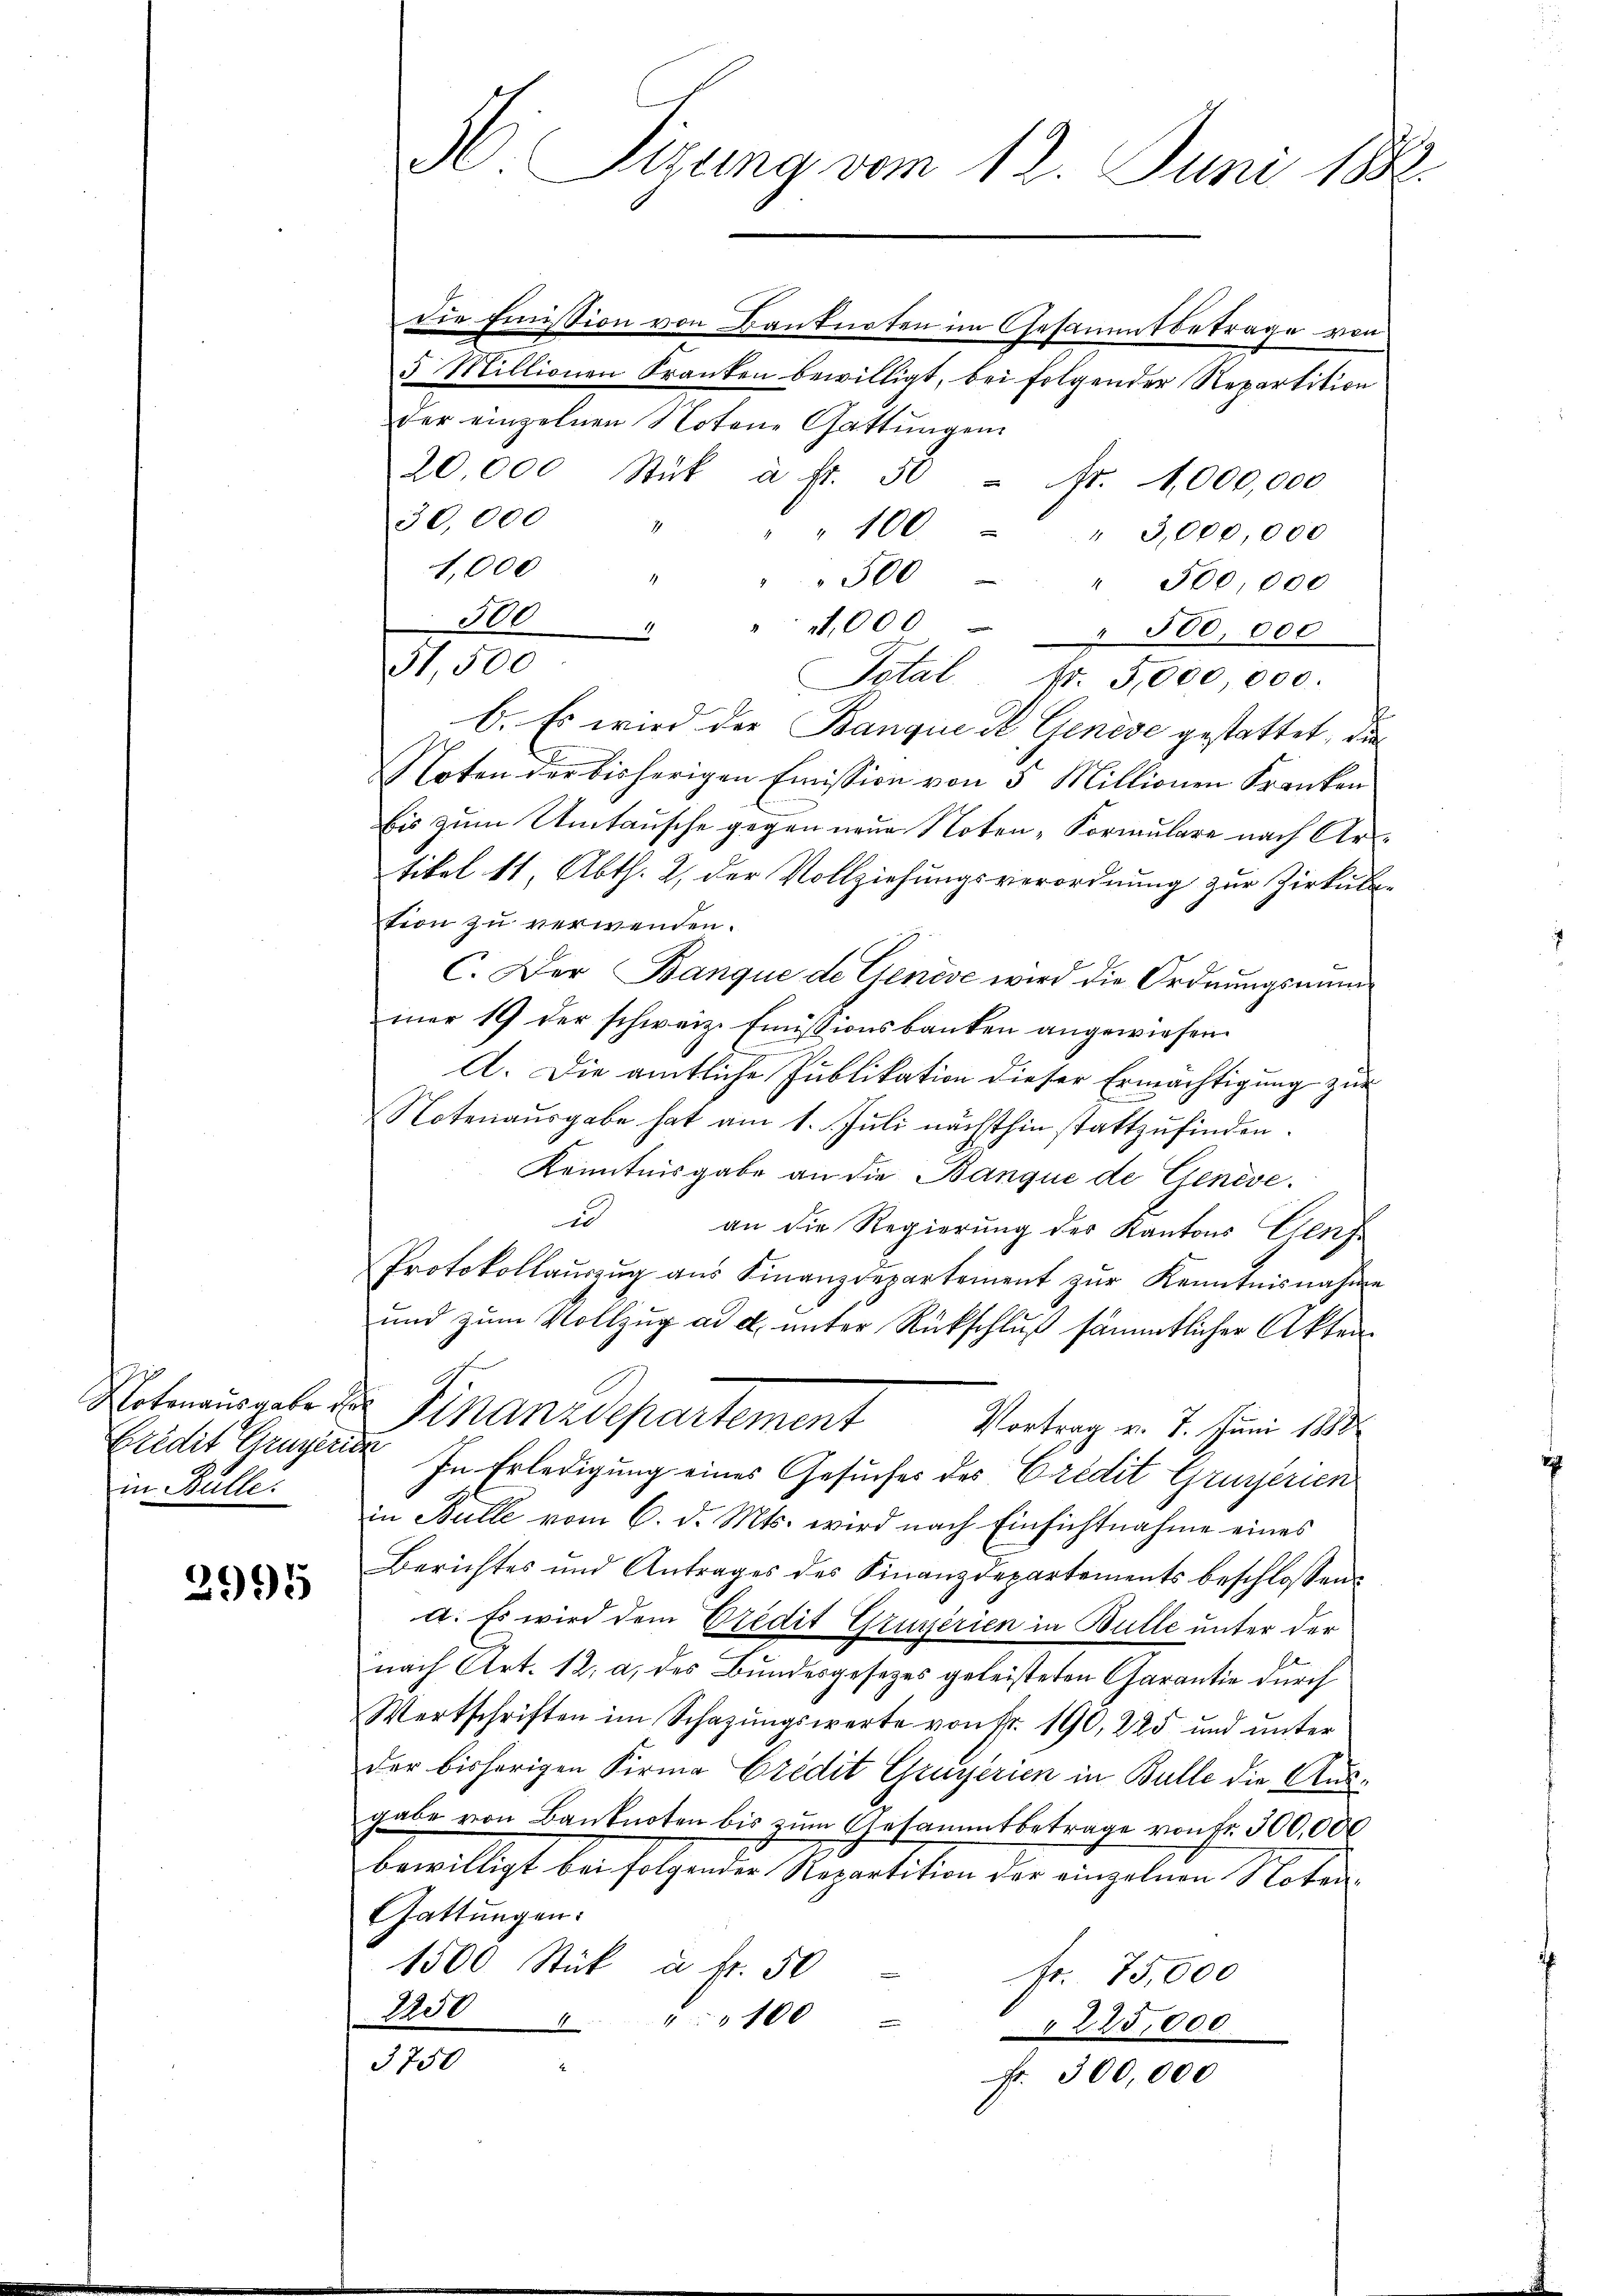
Eredit Grugeric
in Bülle.

3995

die Emission von Banknoten im Gesamtbetrage von
5 Millionen Franken bewilligt, bei folgender Repartition
der einzelnen Notene Gattungen
20,000 Stük à Fr. 50 Fr. 1,000,000
30,000 "
" " 100 " 3,000,000
1,000 " " " 300 - " 500,000
500 " " 1000 - " 500,000
31,500
Total Fr. 5,000,000.
f
b. Es wird der Banque de Genève gestattet, die
Noten der bisherigen Emission von 5 Millionen Kranken
bis zum Umtausche gegen neue Noten-Formulare nach Ar
tikel 11, Abth. 2. der Vollziehungsverordnung zur Zirkultion zu verwenden.
C. Der Banque de Genève wird die Ordnungsnummer 19 der schweiz. Emissionsbanken angewiesen.
A. Die amtliche Publikation dieser Ermächtigung zur
Notenausgabe hat am 1. Juli nächsthin stattzufinden.
Kenntnisgabe an die Banque de Genève,
1
an die Regierung des Kantons Genf
Protokollauszug aus Finanzdepartement zur Kenntnisnahme
und zum Vollzug ad a. unter Rückschluß sämmtlicher Akten
Notenausgabe der Finanzdepartement Vortrag v. 7. Juni 1890.
2
In Erledigung eines Gesuches des Credit Gruyerien
in Bulle vom 6. d. Mts. wird nach Einsichtnahme eines
Berichtes und Antrages des Finanzdepartements beschlossen:
a. Es wird dem Predit Gruyerien in Bulle unter der
nach Art. 12. a, des Bundesgesetzes geleisteten Charantie durch
Wertschriften im Schazungswerte von Nr. 190, 225 und unter
der bisherigen Firma Credit Grayerien in Bulle die Ausgabe von Banknoten bis zum Gesammtbetrage von Fr. 300,000
bewilligt bei folgender Repartition der einzelnen Noten,
Gattungen:
1500 Stück u. fr. 50
fr. 75,000
2250
100
.
225,000
3750
Fr. 300,000

A. Sizung vom 12. Juni 1882.